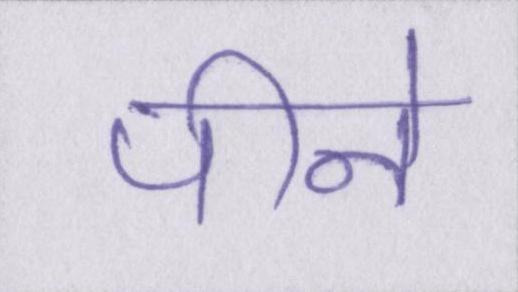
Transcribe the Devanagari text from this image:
पीने